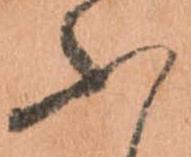
ふ